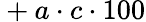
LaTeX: {}+a\cdot c\cdot 100